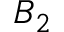
B _ { 2 }